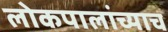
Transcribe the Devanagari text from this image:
लोकपालांच्याच